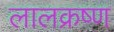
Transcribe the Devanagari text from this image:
लालक्रष्ण